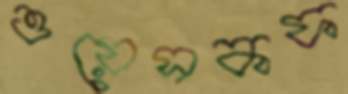
ওয়েসকফ